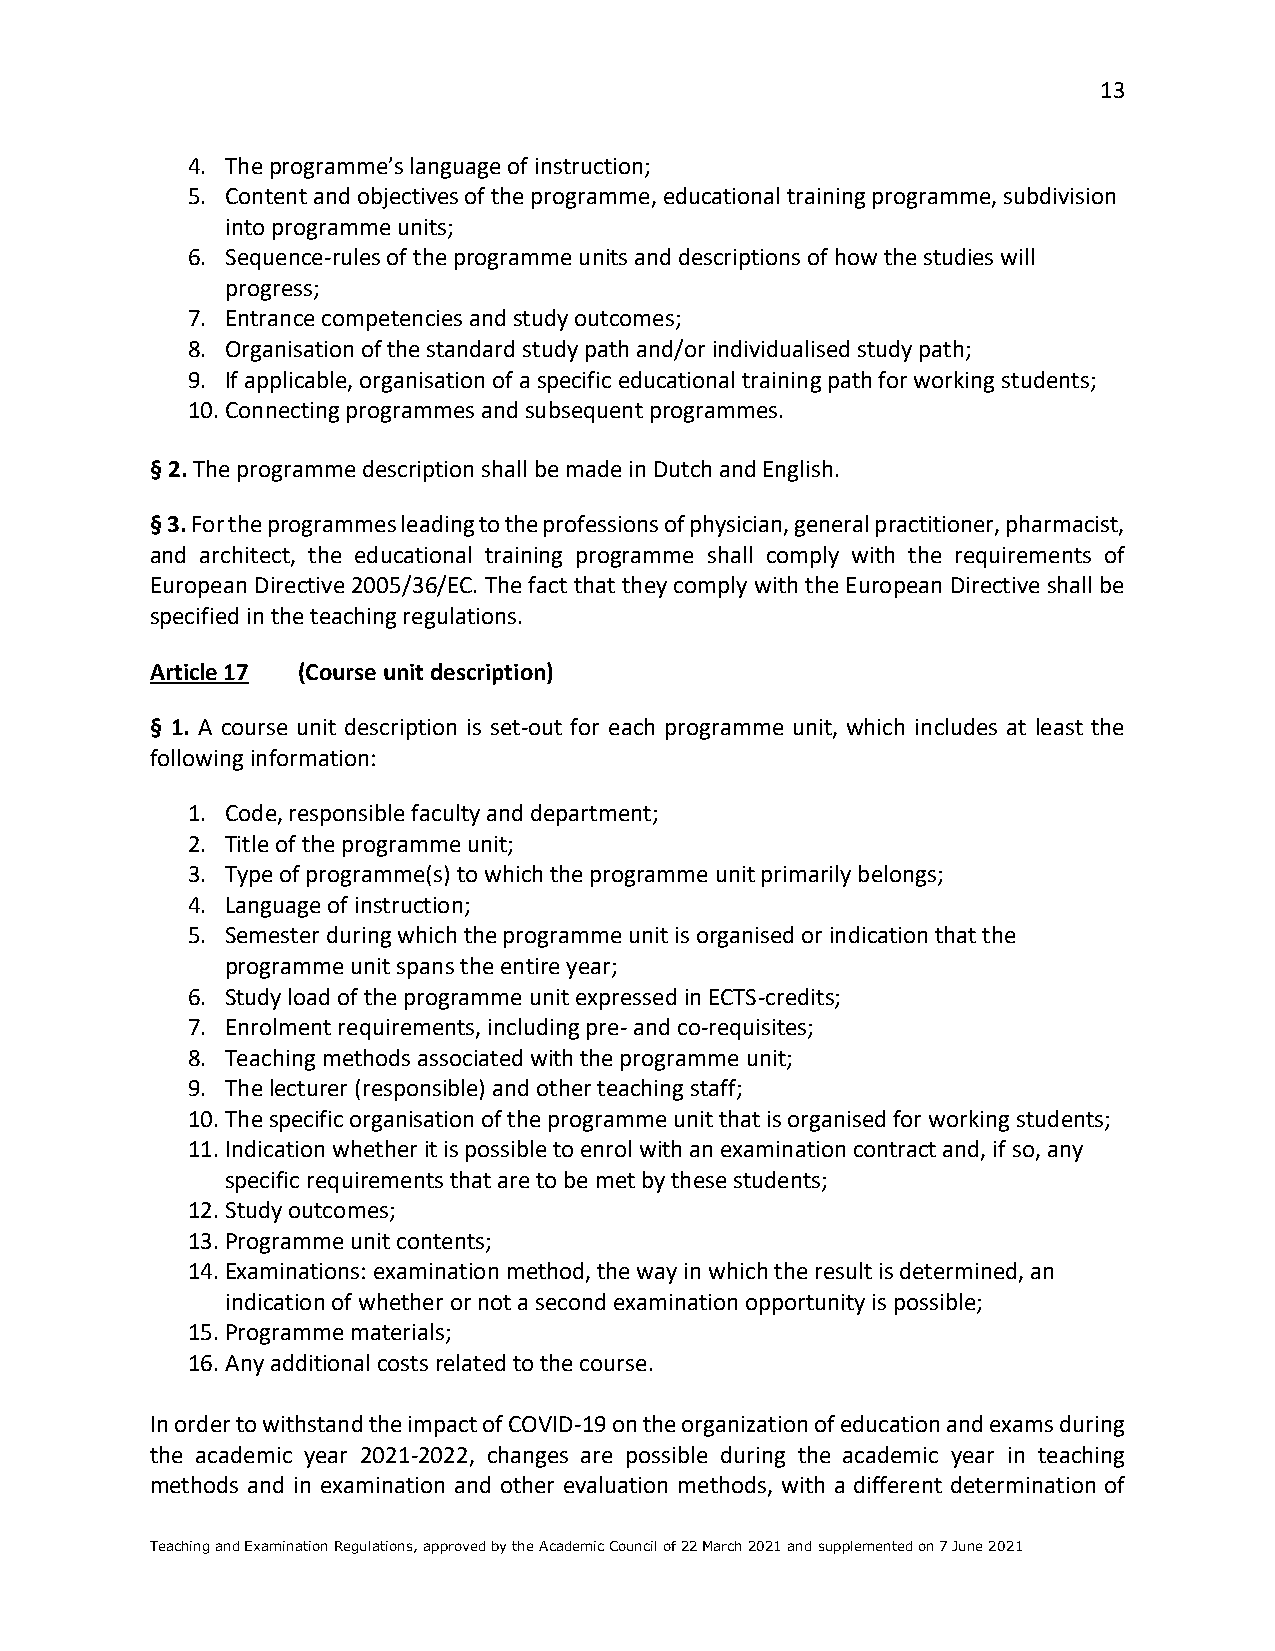
13
 4. The programme’s language of instruction;
 5. Content and objectives of the programme, educational training programme, subdivision
 into programme units;
 6. Sequence-rules of the programme units and descriptions of how the studies will
 progress;
 7. Entrance competencies and study outcomes;
 8. Organisation of the standard study path and/or individualised study path;
 9. If applicable, organisation of a specific educational training path for working students;
 10. Connecting programmes and subsequent programmes.
 § 2. The programme description shall be made in Dutch and English.
 § 3. For the programmes leading to the professions of physician, general practitioner, pharmacist,
 and architect, the educational training programme shall comply with the requirements of
 European Directive 2005/36/EC. The fact that they comply with the European Directive shall be
 specified in the teaching regulations.
 Article 17 (Course unit description)
 § 1. A course unit description is set-out for each programme unit, which includes at least the
 following information:
 1. Code, responsible faculty and department;
 2. Title of the programme unit;
 3. Type of programme(s) to which the programme unit primarily belongs;
 4. Language of instruction;
 5. Semester during which the programme unit is organised or indication that the
 programme unit spans the entire year;
 6. Study load of the programme unit expressed in ECTS-credits;
 7. Enrolment requirements, including pre- and co-requisites;
 8. Teaching methods associated with the programme unit;
 9. The lecturer (responsible) and other teaching staff;
 10. The specific organisation of the programme unit that is organised for working students;
 11. Indication whether it is possible to enrol with an examination contract and, if so, any
 specific requirements that are to be met by these students;
 12. Study outcomes;
 13. Programme unit contents;
 14. Examinations: examination method, the way in which the result is determined, an
 indication of whether or not a second examination opportunity is possible;
 15. Programme materials;
 16. Any additional costs related to the course.
 In order to withstand the impact of COVID-19 on the organization of education and exams during
 the academic year 2021-2022, changes are possible during the academic year in teaching
 methods and in examination and other evaluation methods, with a different determination of
 Teaching and Examination Regulations, approved by the Academic Council of 22 March 2021 and supplemented on 7 June 2021